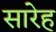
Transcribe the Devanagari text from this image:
सारेह